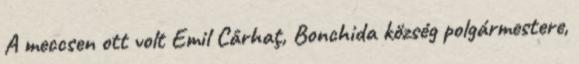
A meccsen ott volt Emil Cârhaţ, Bonchida község polgármestere,